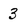
Character: 3